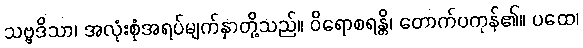
သဗ္ဗဒိသာ၊ အလုံးစုံအရပ်မျက်နှာတို့သည်။ ဝိရောစရန္တိ၊ တောက်ပကုန်၏။ ပထေ၊